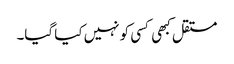
مستقل کبھی کسی کو نہیں کیا گیا۔